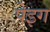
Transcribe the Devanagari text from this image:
पेइग